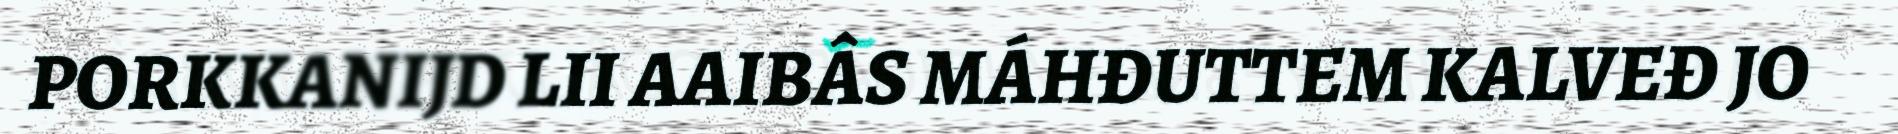
PORKKANIJD LII AAIBÂS MÁHĐUTTEM KALVEĐ JO